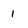
Character: 1